Report on the Civil Veterinary Department, Eastern Bengal and Assam - 1907-1911
Year: 1907
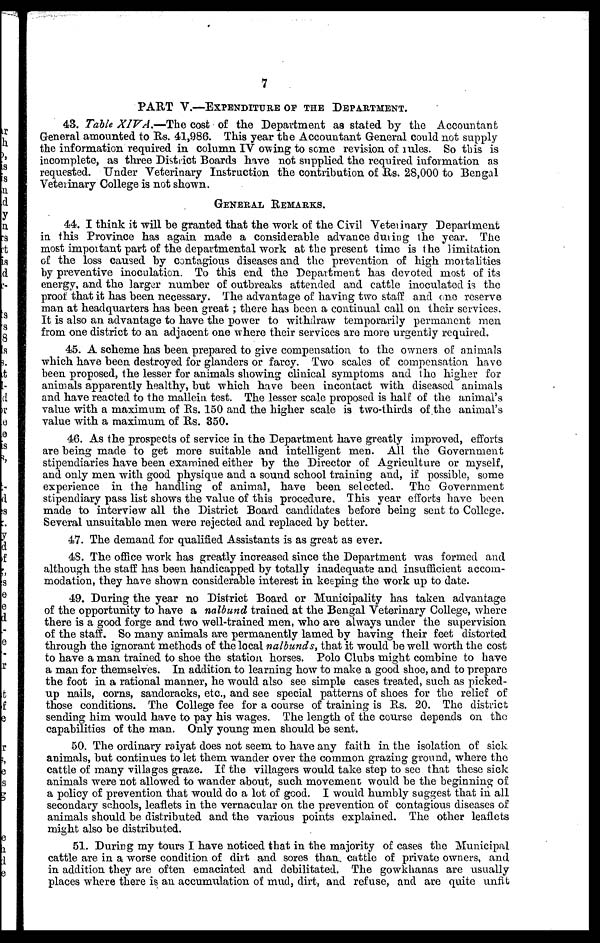
7
PART V.—EXPENDITURE OF THE DEPARTMENT.
43. Table XIVA.—The cost of the Department as stated by the Accountant
General amounted to Rs. 41,986. This year the Accountant General could not supply
the information required in column IV owing to some revision of rules. So this is
incomplete, as three District Boards have not supplied the required information as
requested. Under Veterinary Instruction the contribution of Rs. 28,000 to Bengal
Veterinary College is not shown.
GENERAL REMARKS.
44. I think it will be granted that the work of the Civil Veterinary Department
in this Province has again made a considerable advance during the year. The
most important part of the departmental work at the present time is the limitation
of the loss caused by contagious diseases and the prevention of high mortalities
by preventive inoculation. To this end the Department has devoted most of its
energy, and the larger number of outbreaks attended and cattle inoculated is the
proof that it has been necessary. The advantage of having two staff and one reserve
man at headquarters has been great ; there has been a continual call on their services.
It is also an advantage to have the power to withdraw temporarily permanent men
from one district to an adjacent one where their services are more urgently required.
45. A scheme has been prepared to give compensation to the owners of animals
which have been destroyed for glanders or farcy. Two scales of compensation have
been proposed, the lesser for animals showing clinical symptoms and the higher for
animals apparently healthy, but which have been incontact with diseased animals
and have reacted to the mallein test. The lesser scale proposed is half of the animal's
value with a maximum of Rs. 150 and the higher scale is two-thirds of the animal's
value with a maximum of Rs. 350.
46. As the prospects of service in the Department have greatly improved, efforts
are being made to get more suitable and intelligent men. All the Government
stipendiaries have been examined either by the Director of Agriculture or myself,
and only men with good physique and a sound school training and, if possible, some
experience in the handling of animal, have been selected. The Government
stipendiary pass list shows the value of this procedure. This year efforts have been
made to interview all the District Board candidates before being sent to College.
Several unsuitable men were rejected and replaced by better.
47. The demand for qualified Assistants is as great as ever.
43. The office work has greatly increased since the Department was formed and
although the staff has been handicapped by totally inadequate and insufficient accom-
modation, they have shown considerable interest in keeping the work up to date.
49. During the year no District Board or Municipality has taken advantage
of the opportunity to have a nalbund trained at the Bengal Veterinary College, where
there is a good forge and two well-trained men, who are always under the supervision
of the staff. So many animals are permanently lamed by having their feet distorted
through the ignorant methods of the local nalbunds, that it would be well worth the cost
to have a man trained to shoe the station horses. Polo Clubs might combine to have
a man for themselves. In addition to learning how to make a good shoe, and to prepare
the foot in a rational manner, he would also see simple cases treated, such as picked-
up nails, corns, sandcracks, etc., and see special patterns of shoes for the relief of
those conditions. The College fee for a course of training is Rs. 20. The district
sending him would have to pay his wages. The length of the course depends on the
capabilities of the man. Only young men should be sent.
50. The ordinary raiyat does not seem to have any faith in the isolation of sick
animals, but continues to let them wander over the common grazing ground, where the
cattle of many villages graze. If the villagers would take step to see that these sick
animals were not allowed to wander about, such movement would be the beginning of
a policy of prevention that would do a lot of good. I would humbly suggest that in all
secondary schools, leaflets in the vernacular on the prevention of contagious diseases of
animals should be distributed and the various points explained. The other leaflets
might also be distributed.
51. During my tours I have noticed that in the majority of cases the Municipal
cattle are in a worse condition of dirt and sores than cattle of private owners, and
in addition they are often emaciated and debilitated. The gowkhanas are usually
places where there is an accumulation of mud, dirt, and refuse, and are quite unfit